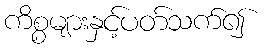
ကိစ္စများနှင့်ပတ်သက်၍